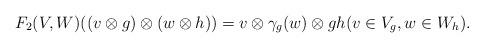
LaTeX: \begin{align*}F_2(V,W)((v \otimes g) \otimes (w \otimes h)) = v \otimes \gamma_g(w) \otimes gh (v \in V_g, w \in W_h).\end{align*}